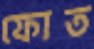
ফোত